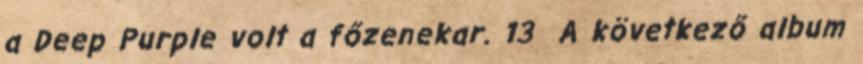
a Deep Purple volt a főzenekar. 13 A következő album